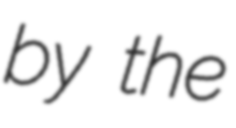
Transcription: by the